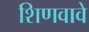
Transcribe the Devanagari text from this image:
शिणवावे